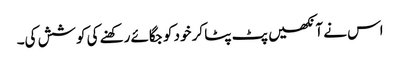
اس نے آنکھیں پٹ پٹا کر خود کو جگائے رکھنے کی کوشش کی۔